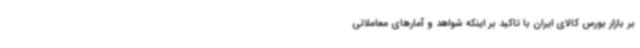
بر بازار بورس کالای ایران با تاکید بر اینکه شواهد و آمارهای معاملاتی